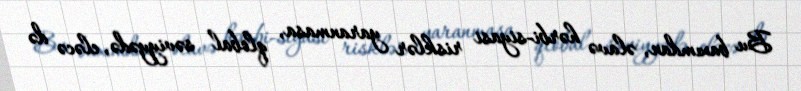
Bu baxımdan, əlavə hərbi-siyasi risklər yaranmasa, qlobal səviyyədə, eləcə də